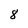
Character: 8